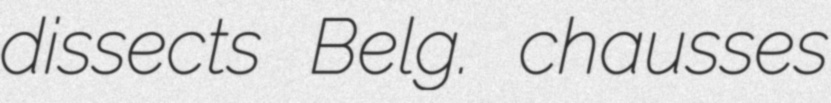
dissects Belg. chausses